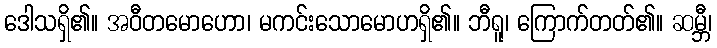
ဒေါသရှိ၏။ အဝီတမောဟော၊ မကင်းသောမောဟရှိ၏။ ဘီရူ၊ ကြောက်တတ်၏။ ဆမ္ဘီ၊